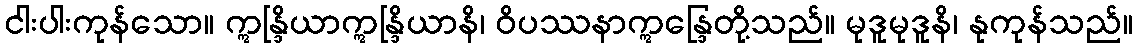
ငါးပါးကုန်သော။ ဣန္ဒြိယာဣန္ဒြိယာနိ၊ ဝိပဿနာဣန္ဒြေတို့သည်။ မုဒူမုဒူနိ၊ နုကုန်သည်။